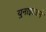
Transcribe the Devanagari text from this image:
युनाइटेडने